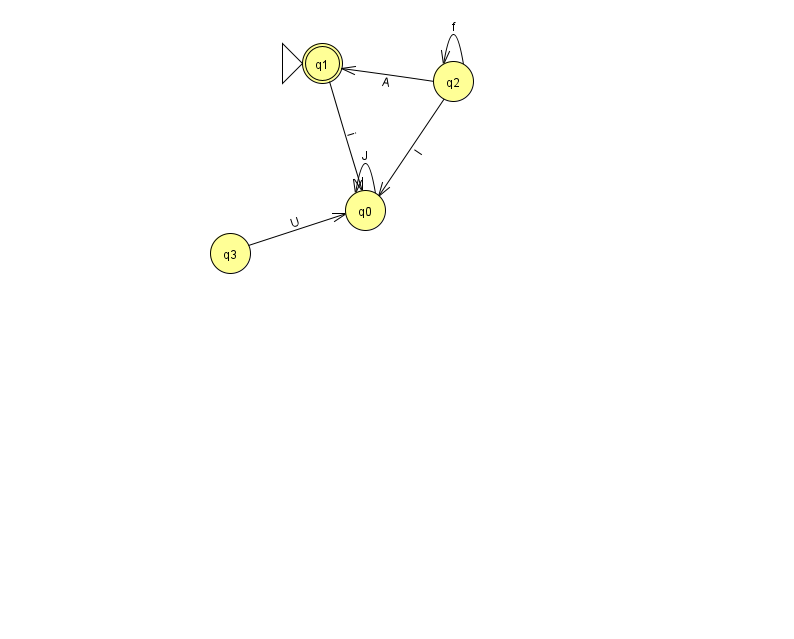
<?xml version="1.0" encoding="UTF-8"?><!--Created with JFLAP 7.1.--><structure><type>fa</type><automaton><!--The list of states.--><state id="0" name="q0"><x>365.0</x><y>197.0</y></state><state id="1" name="q1"><x>322.0</x><y>50.0</y><initial/><final/></state><state id="2" name="q2"><x>453.0</x><y>68.0</y></state><state id="3" name="q3"><x>230.0</x><y>240.0</y></state><!--The list of transitions.--><transition><from>2</from><to>0</to><read>I</read></transition><transition><from>1</from><to>0</to><read>i</read></transition><transition><from>2</from><to>2</to><read>f</read></transition><transition><from>2</from><to>1</to><read>A</read></transition><transition><from>0</from><to>0</to><read>J</read></transition><transition><from>3</from><to>0</to><read>U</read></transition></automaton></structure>